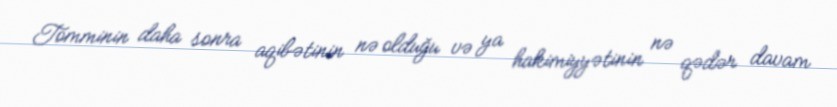
Tomminin daha sonra aqibətinin nə olduğu və ya hakimiyyətinin nə qədər davam